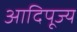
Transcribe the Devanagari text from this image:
आदिपूज्य